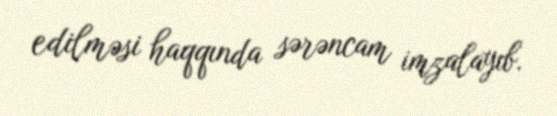
edilməsi haqqında sərəncam imzalayıb.